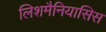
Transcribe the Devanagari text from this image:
लिशमैनियासिस